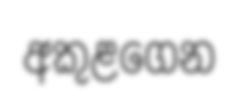
අකුළගෙන